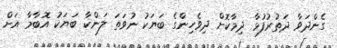
ގެންދަވާ ދަތުރުފުޅާ ދިމާކޮށް ދިވެހިންގެ ބަޔަކު ނުވަަތަ ލަންކާ ބަޔަކު އޮބާމާ އަށް